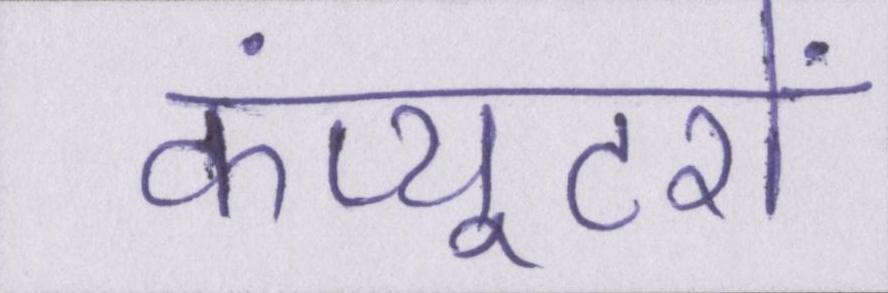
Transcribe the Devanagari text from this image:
कंप्यूटरों